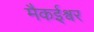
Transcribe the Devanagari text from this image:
मैकईश्वर